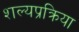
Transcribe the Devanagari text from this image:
शल्यप्रक्रिया